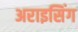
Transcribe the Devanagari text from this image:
अराइसिंग